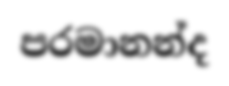
පරමානන්ද